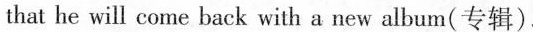
that he will come back with a new album(专辑).